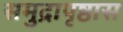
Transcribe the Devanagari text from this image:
समुद्रापृष्ठास